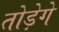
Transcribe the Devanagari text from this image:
तोड़ेगे